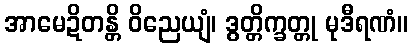
အာမေဍိတန္တိ ဝိညေယျံ၊ ဒွတ္တိက္ခတ္တု မုဒီရဏံ။